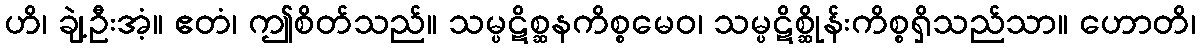
ဟိ၊ ချဲ့ဦးအံ့။ ဧတံ၊ ဤစိတ်သည်။ သမ္ပဋိစ္ဆနကိစ္စမေဝ၊ သမ္ပဋိစ္ဆိုန်းကိစ္စရှိသည်သာ။ ဟောတိ၊